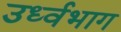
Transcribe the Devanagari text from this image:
उर्ध्वभाग